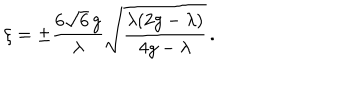
LaTeX: \xi = \pm \frac { 6 \sqrt { 6 } \, g } { \lambda } \sqrt { \frac { \lambda ( 2 g - \lambda ) } { 4 g - \lambda } } \, .